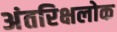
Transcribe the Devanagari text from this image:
अंतरिक्षलोक